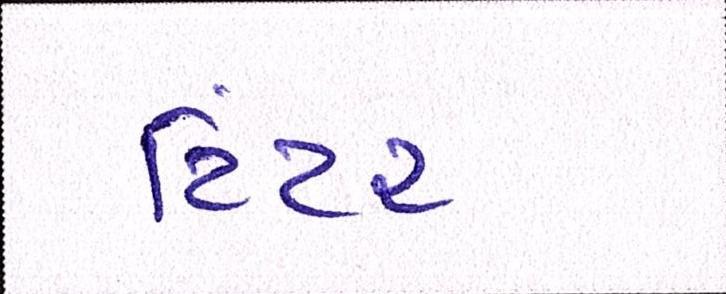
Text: ટિંટર